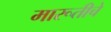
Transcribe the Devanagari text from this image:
मारूतीचे